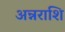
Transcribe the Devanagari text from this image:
अन्नराशि